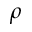
\rho